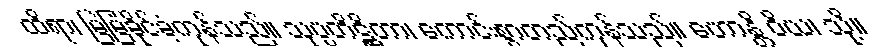
ထိရာ၊ မြဲမြံခိုင်ခံ့ကုန်သည်။ သုပ္ပတိဋ္ဌိတာ၊ ကောင်းစွာတည်ကုန်သည်။ ဟောန္တိ ဝိယ၊ သို့။